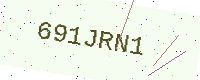
Text: 691JRN1